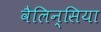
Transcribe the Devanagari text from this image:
वैलिन्सिया